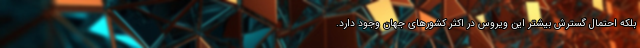
بلکه احتمال گسترش بیشتر این‌ ویروس در اکثر کشورهای جهان وجود دارد.